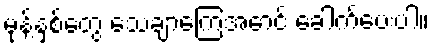
မုန့်နှစ်တွေ သေချာကြေအောင် ခေါက်ပေးပါ။